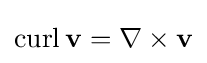
\operatorname {curl} \mathbf {v} =\nabla \times \mathbf {v}